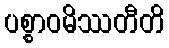
ပစ္စာဝမိဿတီတိ